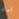
اماه